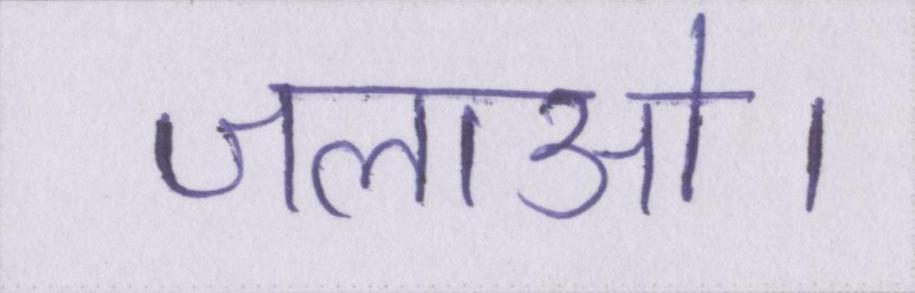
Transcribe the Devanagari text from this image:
जलाओ।